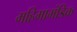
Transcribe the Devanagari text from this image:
महिमामंडिक